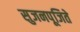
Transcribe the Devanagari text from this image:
सुजनपूजिते